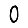
Digit: 0